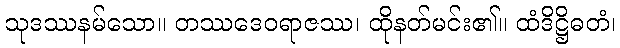
သုဒဿနမ်သော။ တဿဒေဝရာဇဿ၊ ထိုနတ်မင်း၏။ ထံဒိဋ္ဌိဓတံ၊